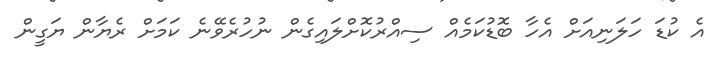
އެ ކުޑަ ހަލަނިއަށް އެހާ ބޮޑުކަމެއް ސިއްރުކޮށްލައިގެން ނުހުރެވޭނެ ކަމަށް ރެޔާން ޔަގީން